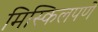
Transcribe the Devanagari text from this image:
मिस्किलपणे